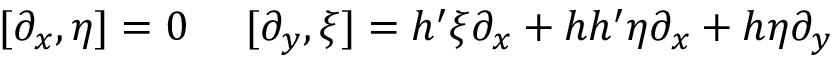
[ \partial _ { x } , \eta ] = 0 \ \ \ \ [ \partial _ { y } , \xi ] = h ^ { \prime } \xi \partial _ { x } + h h ^ { \prime } \eta \partial _ { x } + h \eta \partial _ { y }